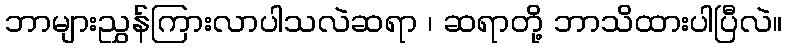
ဘာများညွှန်ကြားလာပါသလဲဆရာ ၊ ဆရာတို့ ဘာသိထားပါပြီလဲ။